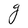
Character: g